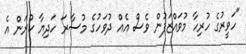
"ހަވީރުގެ ހުރިހާ މުވައްޒަފުން ވެސް އެއް ދުވަހުގެ މުސާރަ ހަދިޔާ ކުރަން އެ